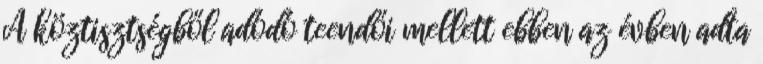
A köztisztségből adódó teendői mellett ebben az évben adta